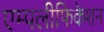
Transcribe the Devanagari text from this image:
एम्पलीफिकेशन